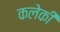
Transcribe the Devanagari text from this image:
कलेकी